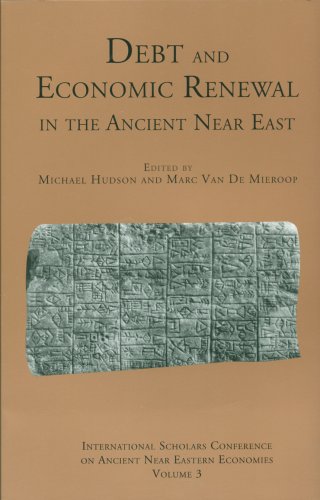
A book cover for Debt and Economic Renewal in the Ancient Near East; Business & Money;